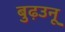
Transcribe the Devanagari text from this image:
बुढ़उनू